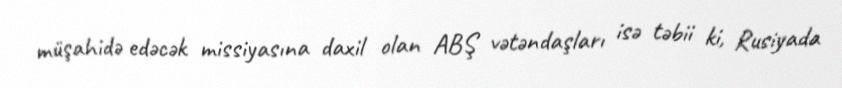
müşahidə edəcək missiyasına daxil olan ABŞ vətəndaşları isə təbii ki, Rusiyada